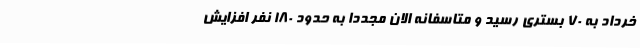
خرداد به 70 بستری رسید و متاسفانه الان مجددا به حدود 180 نفر افزایش